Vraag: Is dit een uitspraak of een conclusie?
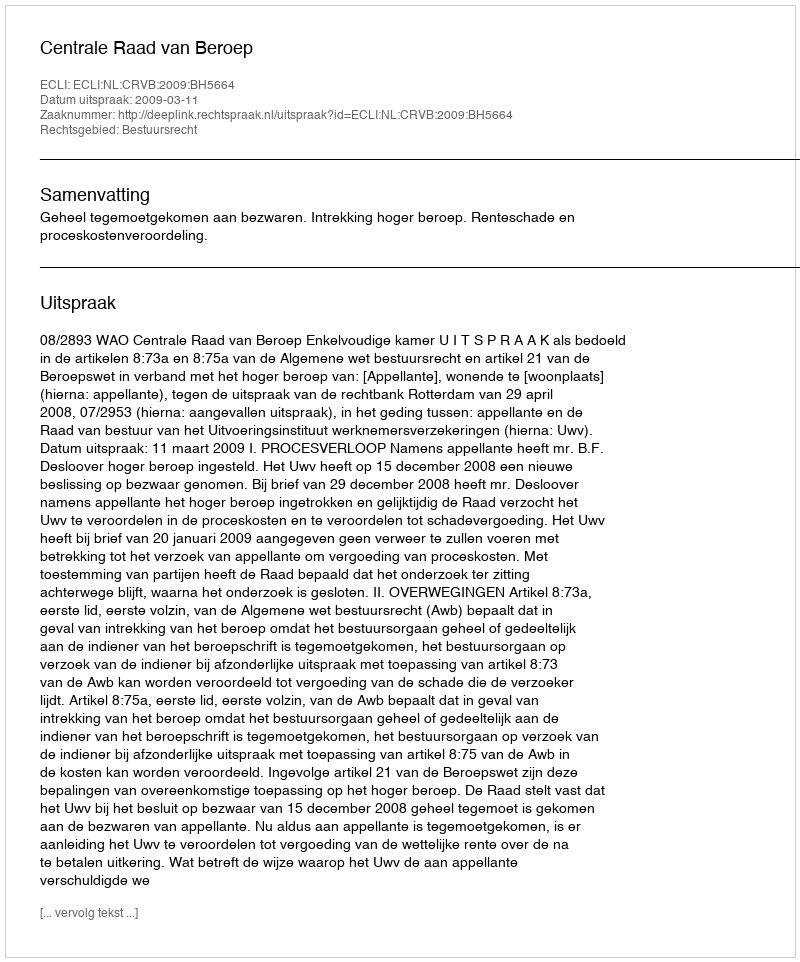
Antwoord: Uitspraak